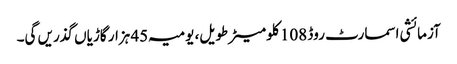
آزمائشی اسمارٹ روڈ 108 کلو میٹر طویل، یومیہ 45 ہزار گاڑیاں گذریں گی۔